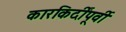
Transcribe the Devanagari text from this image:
कारकिर्दींपूर्वी